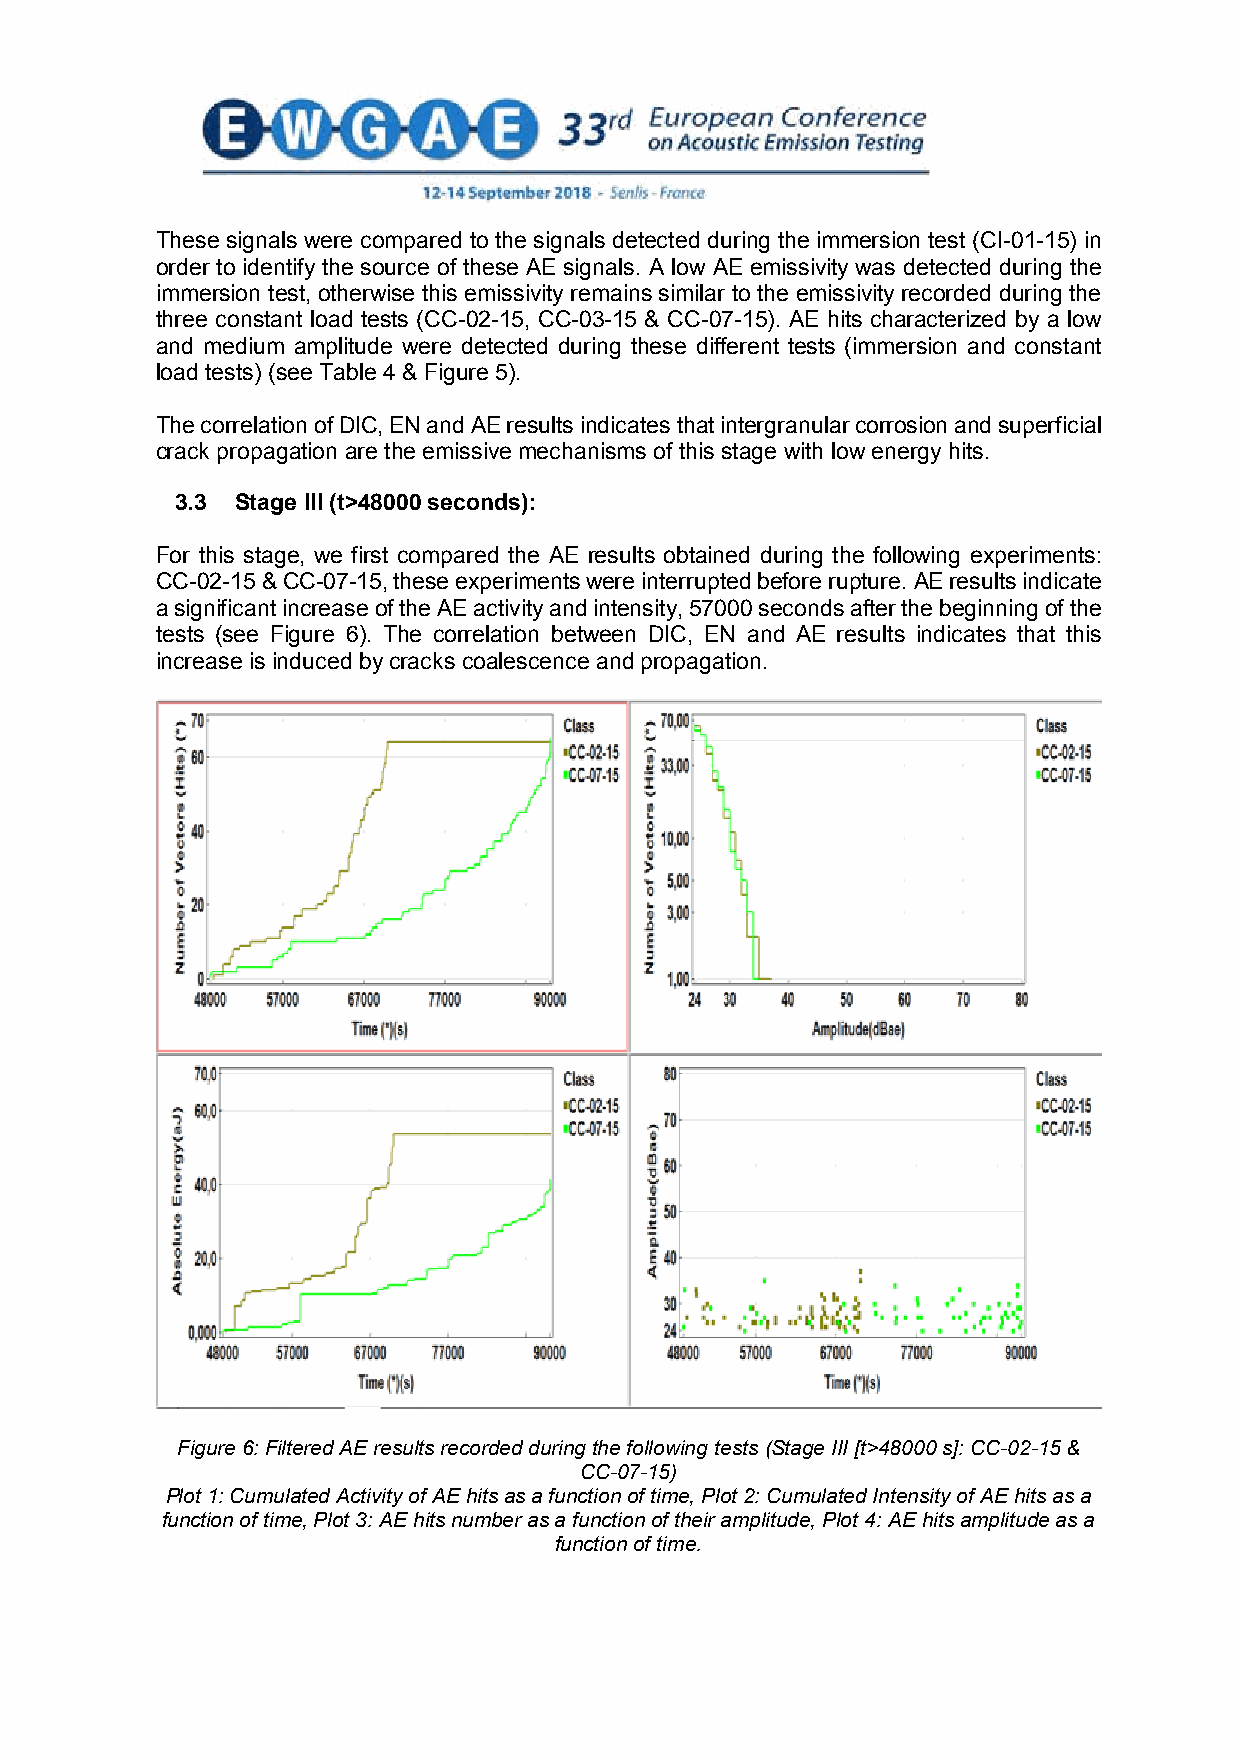
These signals were compared to the signals detected during the immersion test (CI-01-15) in
 order to identify the source of these AE signals. A low AE emissivity was detected during the
 immersion test, otherwise this emissivity remains similar to the emissivity recorded during the
 three constant load tests (CC-02-15, CC-03-15 & CC-07-15). AE hits characterized by a low
 and medium amplitude were detected during these different tests (immersion and constant
 load tests) (see Table 4 & Figure 5).
 The correlation of DIC, EN and AE results indicates that intergranular corrosion and superficial
 crack propagation are the emissive mechanisms of this stage with low energy hits.
 3.3 Stage III (t>48000 seconds):
 For this stage, we first compared the AE results obtained during the following experiments:
 CC-02-15 & CC-07-15, these experiments were interrupted before rupture. AE results indicate
 a significant increase of the AE activity and intensity, 57000 seconds after the beginning of the
 tests (see Figure 6). The correlation between DIC, EN and AE results indicates that this
 increase is induced by cracks coalescence and propagation.
 Figure 6: Filtered AE results recorded during the following tests (Stage III [t>48000 s]: CC-02-15 &
 CC-07-15)
 Plot 1: Cumulated Activity of AE hits as a function of time, Plot 2: Cumulated Intensity of AE hits as a
 function of time, Plot 3: AE hits number as a function of their amplitude, Plot 4: AE hits amplitude as a
 function of time.
 8